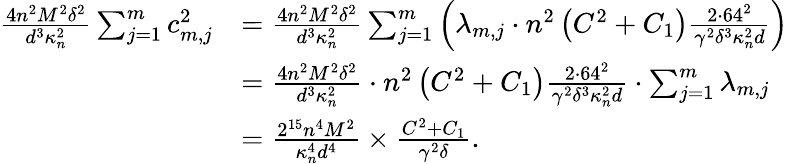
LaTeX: \begin{array}{rl}{\frac{4n^{2}M^{2}\delta^{2}}{d^{3}\kappa_{n}^{2}}\sum_{j=1}^{m}c_{m,j}^{2}}&{=\frac{4n^{2}M^{2}\delta^{2}}{d^{3}\kappa_{n}^{2}}\sum_{j=1}^{m}\left(\lambda_{m,j}\cdot n^{2}\left(C^{2}+C_{1}\right)\frac{2\cdot 64^{2}}{\gamma^{2}\delta^{3}\kappa_{n}^{2}d}\right)}\\ &{=\frac{4n^{2}M^{2}\delta^{2}}{d^{3}\kappa_{n}^{2}}\cdot n^{2}\left(C^{2}+C_{1}\right)\frac{2\cdot 64^{2}}{\gamma^{2}\delta^{3}\kappa_{n}^{2}d}\cdot\sum_{j=1}^{m}\lambda_{m,j}}\\ &{=\frac{2^{15}n^{4}M^{2}}{\kappa_{n}^{4}d^{4}}\times\frac{C^{2}+C_{1}}{\gamma^{2}\delta}.}\end{array}